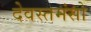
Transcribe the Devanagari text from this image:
देवस्तमंसो